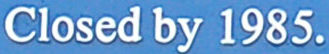
Closed by 1985.